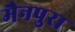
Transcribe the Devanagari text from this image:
मैनपुरा